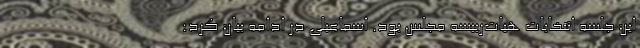
این جلسه انتخابات هیات‌رییسه مجلس بود. اسماعیلی در ادامه بیان كرد: